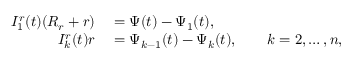
\begin{array} { r l } { I _ { 1 } ^ { r } ( t ) ( R _ { r } + r ) } & { { } = \Psi ( t ) - \Psi _ { 1 } ( t ) , } \\ { I _ { k } ^ { r } ( t ) r } & { { } = \Psi _ { k - 1 } ( t ) - \Psi _ { k } ( t ) , \qquad k = 2 , \ldots , n , } \end{array}